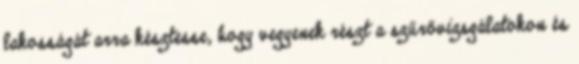
lakosságát arra késztesse, hogy vegyenek részt a szűrővizsgálatokon és